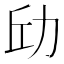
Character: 𪟘